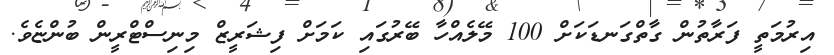
އިރުމަތީ ފަރާތުން ގާތްގަނޑަކަށް 100 މޭލެއްހާ ބޭރުގައި ކަމަށް ފިޝަރީޒް މިނިސްޓްރީން ބުންޏެވެ.